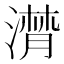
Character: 潸